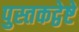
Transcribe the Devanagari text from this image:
पुस्तकद्वेष्टे